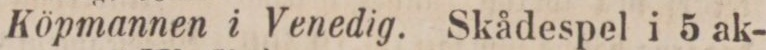
Köpmannen i Venedig. Skådespel i 5 ak-